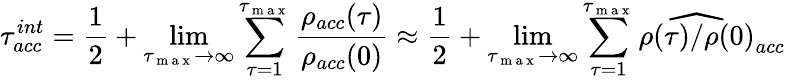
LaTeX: \tau_{acc}^{int}=\frac{1}{2}+\operatorname*{lim}_{\tau_{\mathrm{~m~a~x~}}\rightarrow\infty}\sum_{\tau=1}^{\tau_{\mathrm{~m~a~x~}}}\frac{\rho_{acc}(\tau)}{\rho_{acc}(0)}\approx\frac{1}{2}+\operatorname*{lim}_{\tau_{\mathrm{~m~a~x~}}\rightarrow\infty}\sum_{\tau=1}^{\tau_{\mathrm{~m~a~x~}}}\widehat{\rho(\tau)/\rho(0)}_{acc}